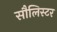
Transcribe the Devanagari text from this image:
सौलिस्टर